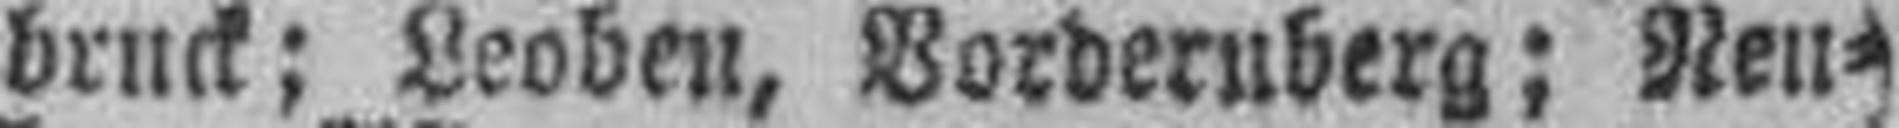
bruck; Leoben, Vordernberg; Neu¬